Code of medical and sanitary regulations for the guidance of medical officers serving in the Madras Presidency - Volume I
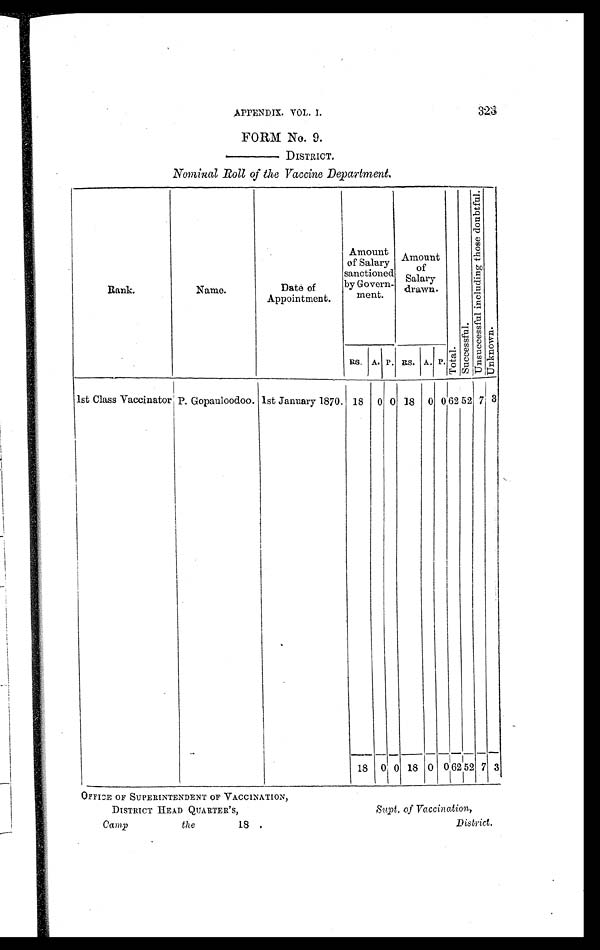
323
APPENDIX. VOL. I.
FORM No. 9.
— D I S T R I C T .
Nominal Roll of the Vaccine Department.
Rank.
Name.
Date of
Appointment.
Amount
of Salary
sanctioned
by Govern-
ment.
Amount
of
Salary
dr a wn.
T o t a l .
S u c c e s s f u l .
U n s u c c e s s f u l i n c l u d i n g t h o s e d o u b t f u l .
Un k n o wn .
RS. A. P. RS. A. P.
1st Class Vaccinator P. Gopauloodoo. 1st January 1870. 18 0 0 18 0 0 62 52 7
3
18 0 0 18 0 0 62 52 7 3
OFFICE OF SUPERINTENDENT OF VACCINATION,
DISTRICT HEAD QUARTER'S,
Supt. of Vaccination,
Camp
the
18.
District.